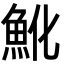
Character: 魤